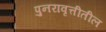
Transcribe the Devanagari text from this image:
पुनरावृत्तीतील